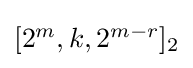
\textstyle [2^{m},k,2^{m-r}]_{2}